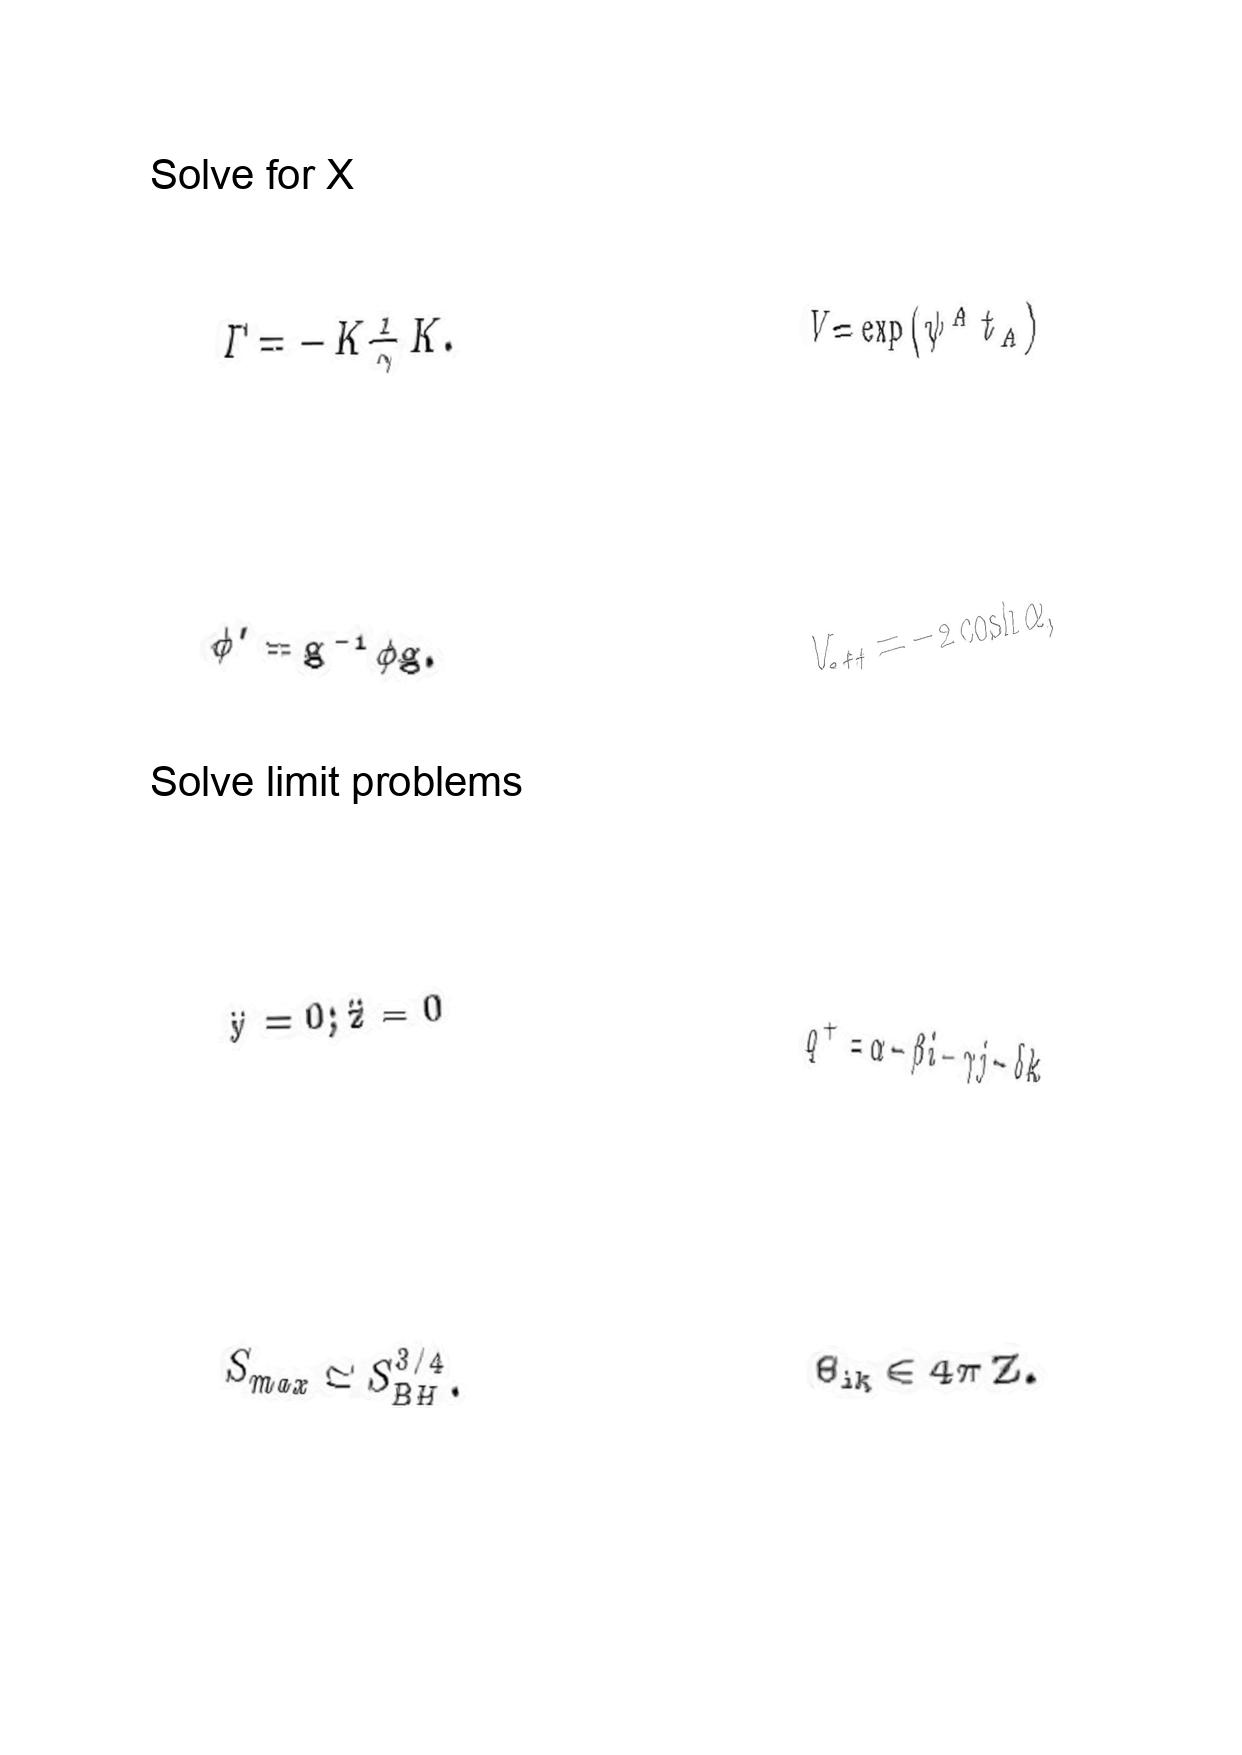
LaTeX transcription:
\Gamma = - K \frac { 1 } { \gamma } K .
\phi ^ { \prime } = g ^ { - 1 } \phi g .
\ddot { y } = 0 ; \ddot { z } = 0
S _ { m a x } \simeq S _ { B H } ^ { 3 / 4 } .
V = \exp \lparen \psi ^ { A } t _ { A } \rparen
V _ { e f f } = - 2 \cosh \alpha ,
q ^ { + } = \alpha - \beta i - \gamma j - \delta k
\Theta _ { i k } \in 4 \pi \mathrm { \space Z } .